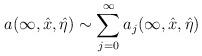
LaTeX: \begin{align*} a(\infty,\hat x,\hat\eta)\sim\sum^\infty_{j=0}a_j(\infty,\hat x, \hat\eta)\end{align*}